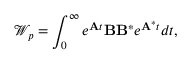
\mathcal { W } _ { p } = \int _ { 0 } ^ { \infty } e ^ { \mathbf { A } t } \mathbf { B } \mathbf { B } ^ { * } e ^ { \mathbf { A } ^ { * } t } d t ,